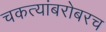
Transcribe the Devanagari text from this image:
चकत्यांबरोबरच